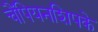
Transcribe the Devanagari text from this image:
चैंपियनशिपके